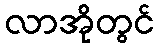
လာအိုတွင်